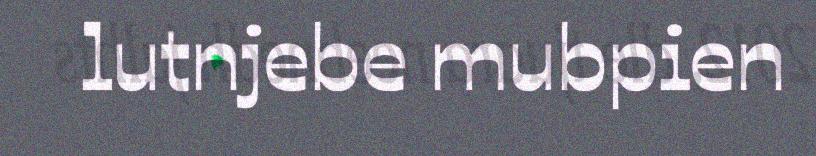
lutnjebe mubpien